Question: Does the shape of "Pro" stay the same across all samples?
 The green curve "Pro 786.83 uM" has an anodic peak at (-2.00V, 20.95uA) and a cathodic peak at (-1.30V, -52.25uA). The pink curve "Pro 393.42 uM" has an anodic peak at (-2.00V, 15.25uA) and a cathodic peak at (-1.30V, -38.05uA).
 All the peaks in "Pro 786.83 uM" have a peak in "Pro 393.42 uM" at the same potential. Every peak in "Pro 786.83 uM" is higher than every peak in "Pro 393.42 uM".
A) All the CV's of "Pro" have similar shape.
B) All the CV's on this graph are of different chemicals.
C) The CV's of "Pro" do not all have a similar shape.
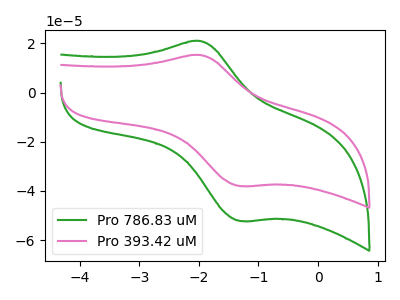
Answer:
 <answer>A) All the CV's of "Pro" have similar shape.</answer>
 <eval>A</eval>